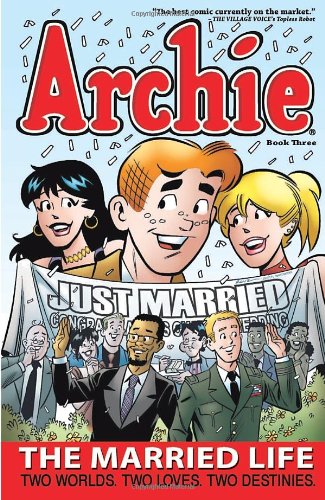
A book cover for Archie: The Married Life Book 3 (The Married Life Series); Paul Kupperberg; Comics & Graphic Novels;